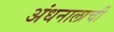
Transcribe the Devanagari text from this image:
अंधनालाची